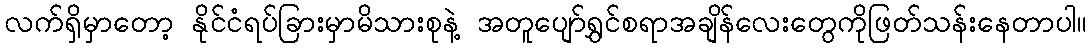
လက်ရှိမှာတော့ နိုင်ငံရပ်ခြားမှာမိသားစုနဲ့ အတူပျော်ရွှင်စရာအချိန်လေးတွေကိုဖြတ်သန်းနေတာပါ။